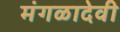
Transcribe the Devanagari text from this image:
मंगळादेवी